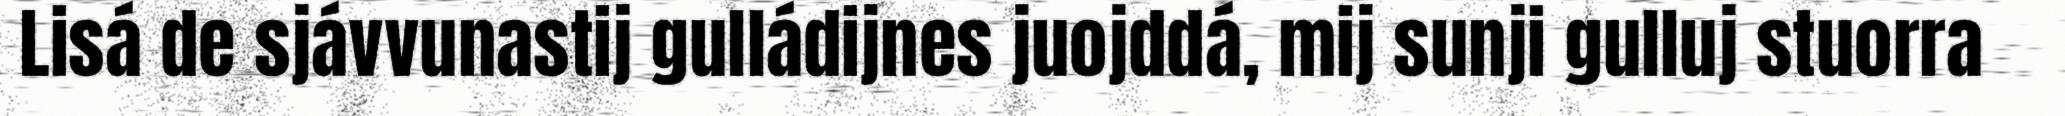
Lisá de sjávvunastij gulládijnes juojddá, mij sunji gulluj stuorra